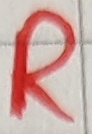
Text: R